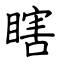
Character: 瞎